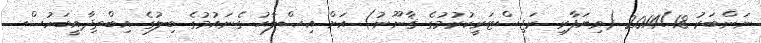
ނަންބަރު 2014/18 (ވިޔަފާރި ރަޖިސްޓަރީކުރުމުގެ ޤާނޫނު) އަށް އިޞްލާޙު ގެނައުމުގެ ބިލުގެ އިބްތިދާއީބަހުސް